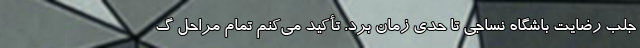
جلب رضایت باشگاه نساجی تا حدی زمان برد. تأکید می‌کنم تمام مراحل گ